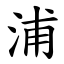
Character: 浦